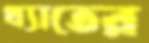
খ্যাতের